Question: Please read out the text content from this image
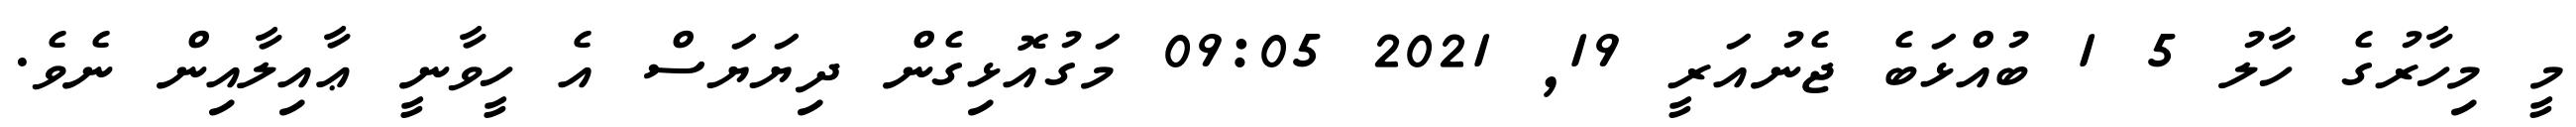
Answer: މީ މިހާރުގެ ހާލު 5 1 ބުއްޅަބެ ޖެނުއަރީ 19, 2021 09:05 މަގުއޮޅިގެން ދިޔަޔަސް އެ ހީވާނީ ޢާއިލާއިން ނެވެ.